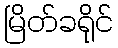
မြိတ်ခရိုင်